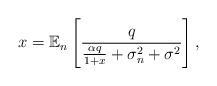
LaTeX: \begin{align*}{x} = {{\mathbb E}_{n}}\left[ {\frac{{{q}}}{{{\frac{{{\alpha q}}}{{1 + {x}}}} + \sigma _n^2 + {\sigma ^2}}}} \right],\end{align*}